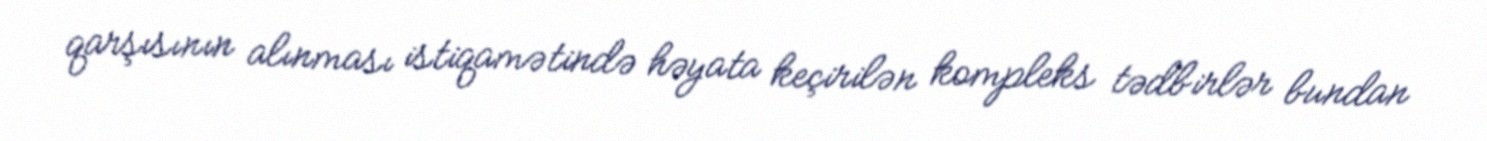
qarşısının alınması istiqamətində həyata keçirilən kompleks tədbirlər bundan